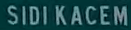
SIDI KACEM